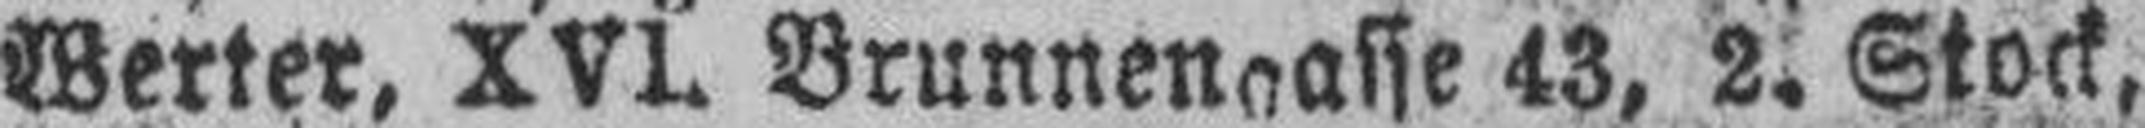
Werter, XVI. Brunnengasse 43, 2. Stock,